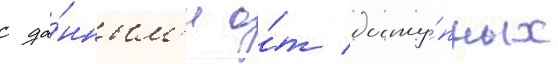
с да́нным'и о́т досту́пных